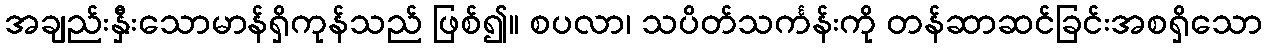
အချည်းနှီးသောမာန်ရှိကုန်သည် ဖြစ်၍။ စပလာ၊ သပိတ်သင်္ကန်းကို တန်ဆာဆင်ခြင်းအစရှိသော